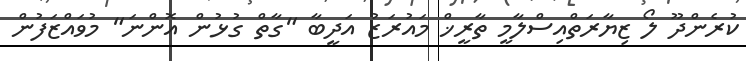
ކުރެންދޫ ލޯ ޒިޔާރަތްއިސްލާމީ ތާރީޚް މައުރަޒު އަދީބާ "ގާތް ގުޅުން އޮންނަ" މުވައްޒަފުން